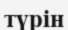
түрін